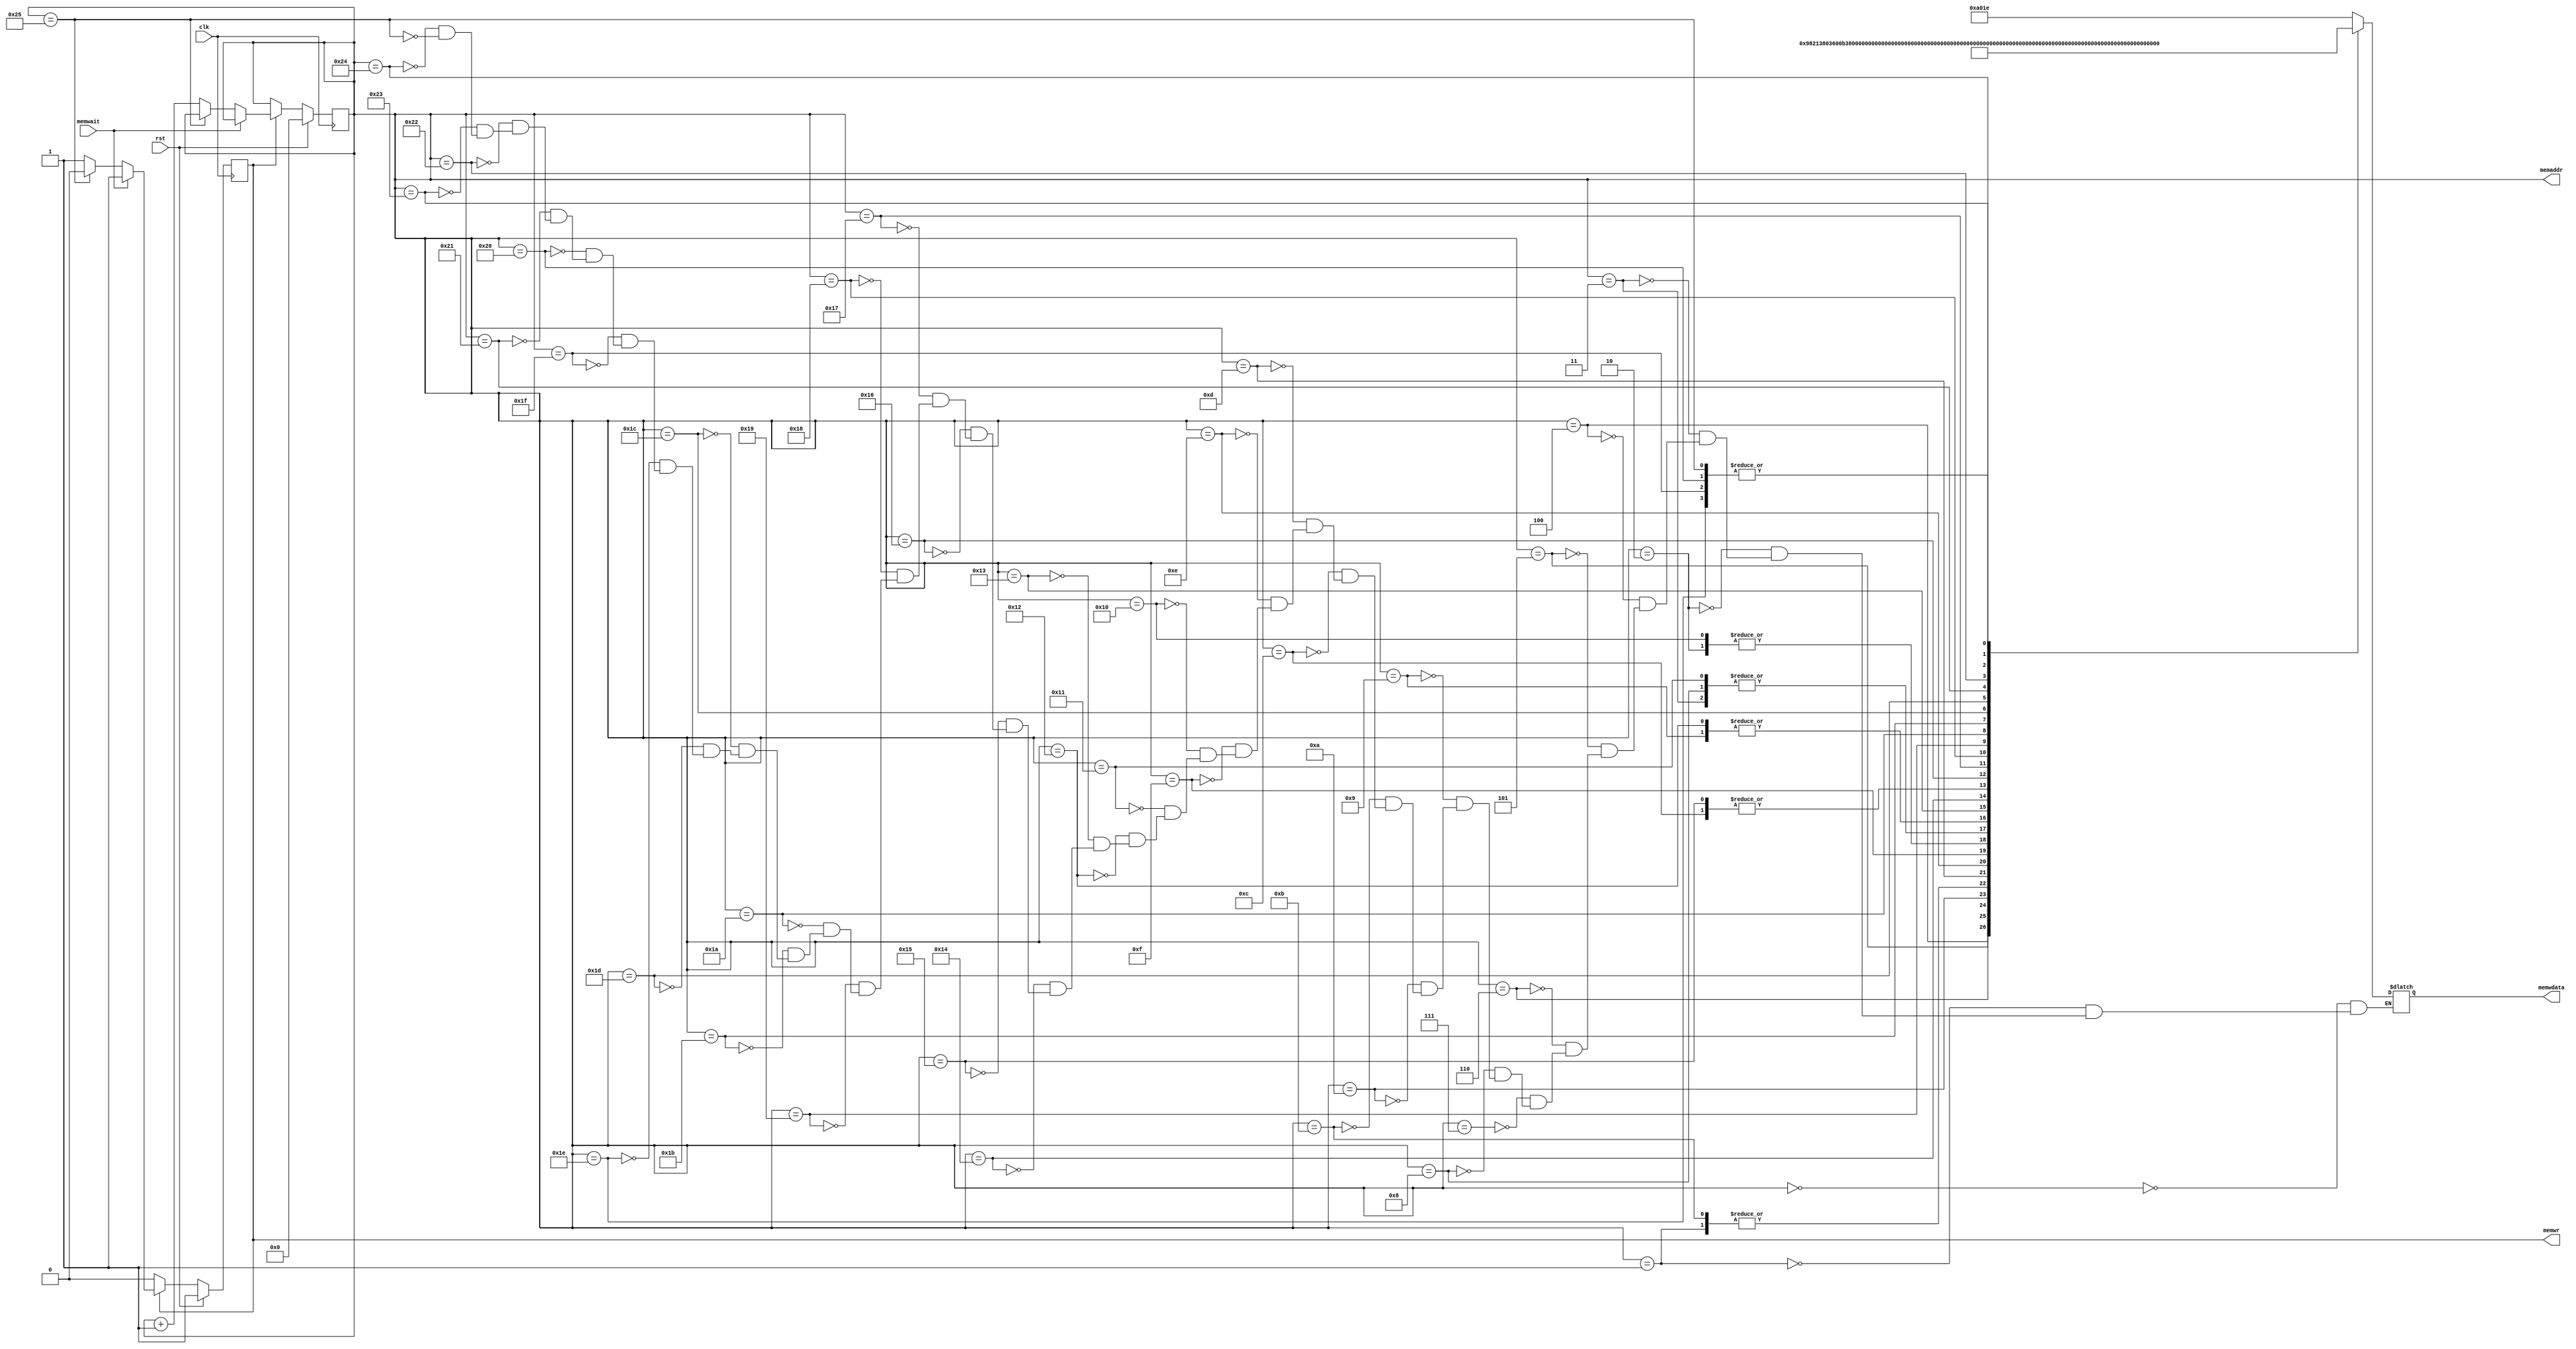
module meminit #(parameter ABITS=9) (
	input clk,
	input rst,
	output [ABITS-1:0] memaddr,
	output [15:0] memwdata,
	output memwr,
	input memwait
);

	localparam IDLE=0, WRITING=1, ENDADDR=37;
	reg state = IDLE ;
	assign memwr = (state == WRITING);

	always @(posedge clk)
	if (rst) begin
		memaddr <= 0;
		state <= WRITING;
	end else case (state)
	IDLE:	;
	WRITING: 
		if (~memwait) begin
			if (memaddr == ENDADDR)
				state <= IDLE;
			else
				memaddr <= memaddr + 1;
		end
	endcase

/* initial orders */
	always case (memaddr)
		0:  memwdata = (("T"-"@")<<11) | 30;
		1:  memwdata = (("T"-"@")<<11) | 32;
		2:  memwdata = (("T"-"@")<<11) | 31;
		3:  memwdata = (("I"-"@")<<11) | 0;
		4:  memwdata = (("S"-"@")<<11) | 33;
		5:  memwdata = (("G"-"@")<<11) | 3;
		6:  memwdata = (("L"-"@")<<11) | 11;
		7:  memwdata = (("T"-"@")<<11) | 30;
		8:  memwdata = (("I"-"@")<<11) | 0;
		9:  memwdata = (("S"-"@")<<11) | 34;
		10: memwdata = (("G"-"@")<<11) | 8;
		11: memwdata = (("T"-"@")<<11) | 32;
		12: memwdata = (("A"-"@")<<11) | 31;
		13: memwdata = (("V"-"@")<<11) | 35;
		14: memwdata = (("L"-"@")<<11) | 16;
		15: memwdata = (("A"-"@")<<11) | 32;
		16: memwdata = (("T"-"@")<<11) | 31;
		17: memwdata = (("I"-"@")<<11) | 0;
		18: memwdata = (("S"-"@")<<11) | 34;
		19: memwdata = (("E"-"@")<<11) | 11;
		20: memwdata = (("T"-"@")<<11) | 0;
		21: memwdata = (("A"-"@")<<11) | 31;
		22: memwdata = (("A"-"@")<<11) | 30;
		23: memwdata = (("T"-"@")<<11) | 37;
		24: memwdata = (("A"-"@")<<11) | 23;
		25: memwdata = (("A"-"@")<<11) | 36;
		26: memwdata = (("U"-"@")<<11) | 23;
		27: memwdata = (("S"-"@")<<11) | 37;
		28: memwdata = (("G"-"@")<<11) | 1;
		29: memwdata = (("E"-"@")<<11) | 37;
		30: memwdata = (("@"-"@")<<11) | 0;
		31: memwdata = (("@"-"@")<<11) | 0;
		32: memwdata = (("@"-"@")<<11) | 0;
		33: memwdata = (("@"-"@")<<11) | 64;
		34: memwdata = (("@"-"@")<<11) | 48;
		35: memwdata = (("@"-"@")<<11) | 10;
		36: memwdata = (("@"-"@")<<11) | 1;
		37: memwdata = (("@"-"@")<<11) | 0;
	endcase

endmodule